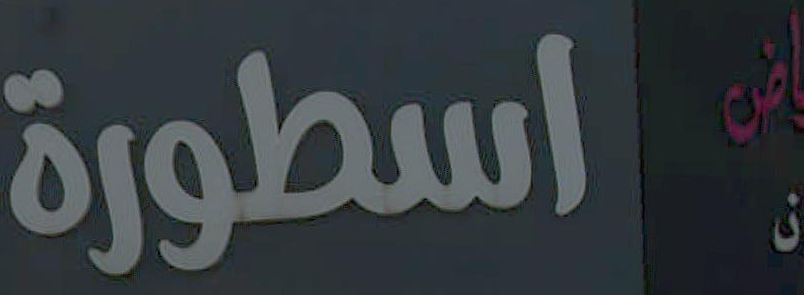
الاسطورة